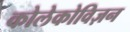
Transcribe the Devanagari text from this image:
कोलेकोविज़न